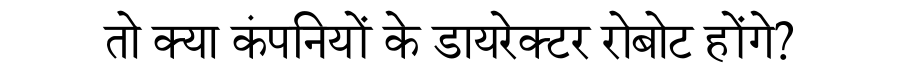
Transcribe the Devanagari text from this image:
तो क्या कंपनियों के डायरेक्टर रोबोट होंगे?